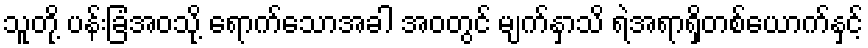
သူတို့ ပန်းခြံအဝသို့ ရောက်သောအခါ အဝတွင် မျက်နှာသိ ရဲအရာရှိတစ်ယောက်နှင့်